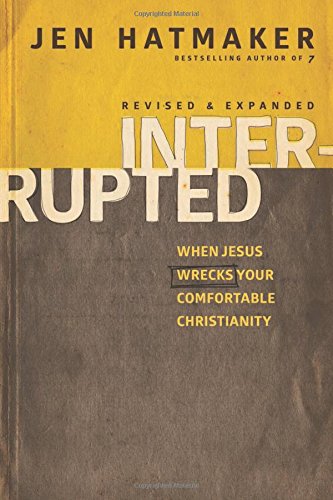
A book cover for Interrupted: When Jesus Wrecks Your Comfortable Christianity; Jen Hatmaker; Christian Books & Bibles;